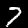
Label: 7